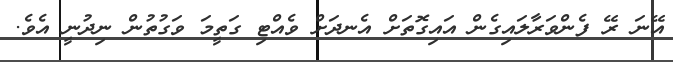
އޭނަ ރޭ ފެންވަރާލައިގެން އައިގޮތަށް އެނދަށް ވެއްޓި ގަތީމަ ވަގުތުން ނިދުނީ އެވެ.